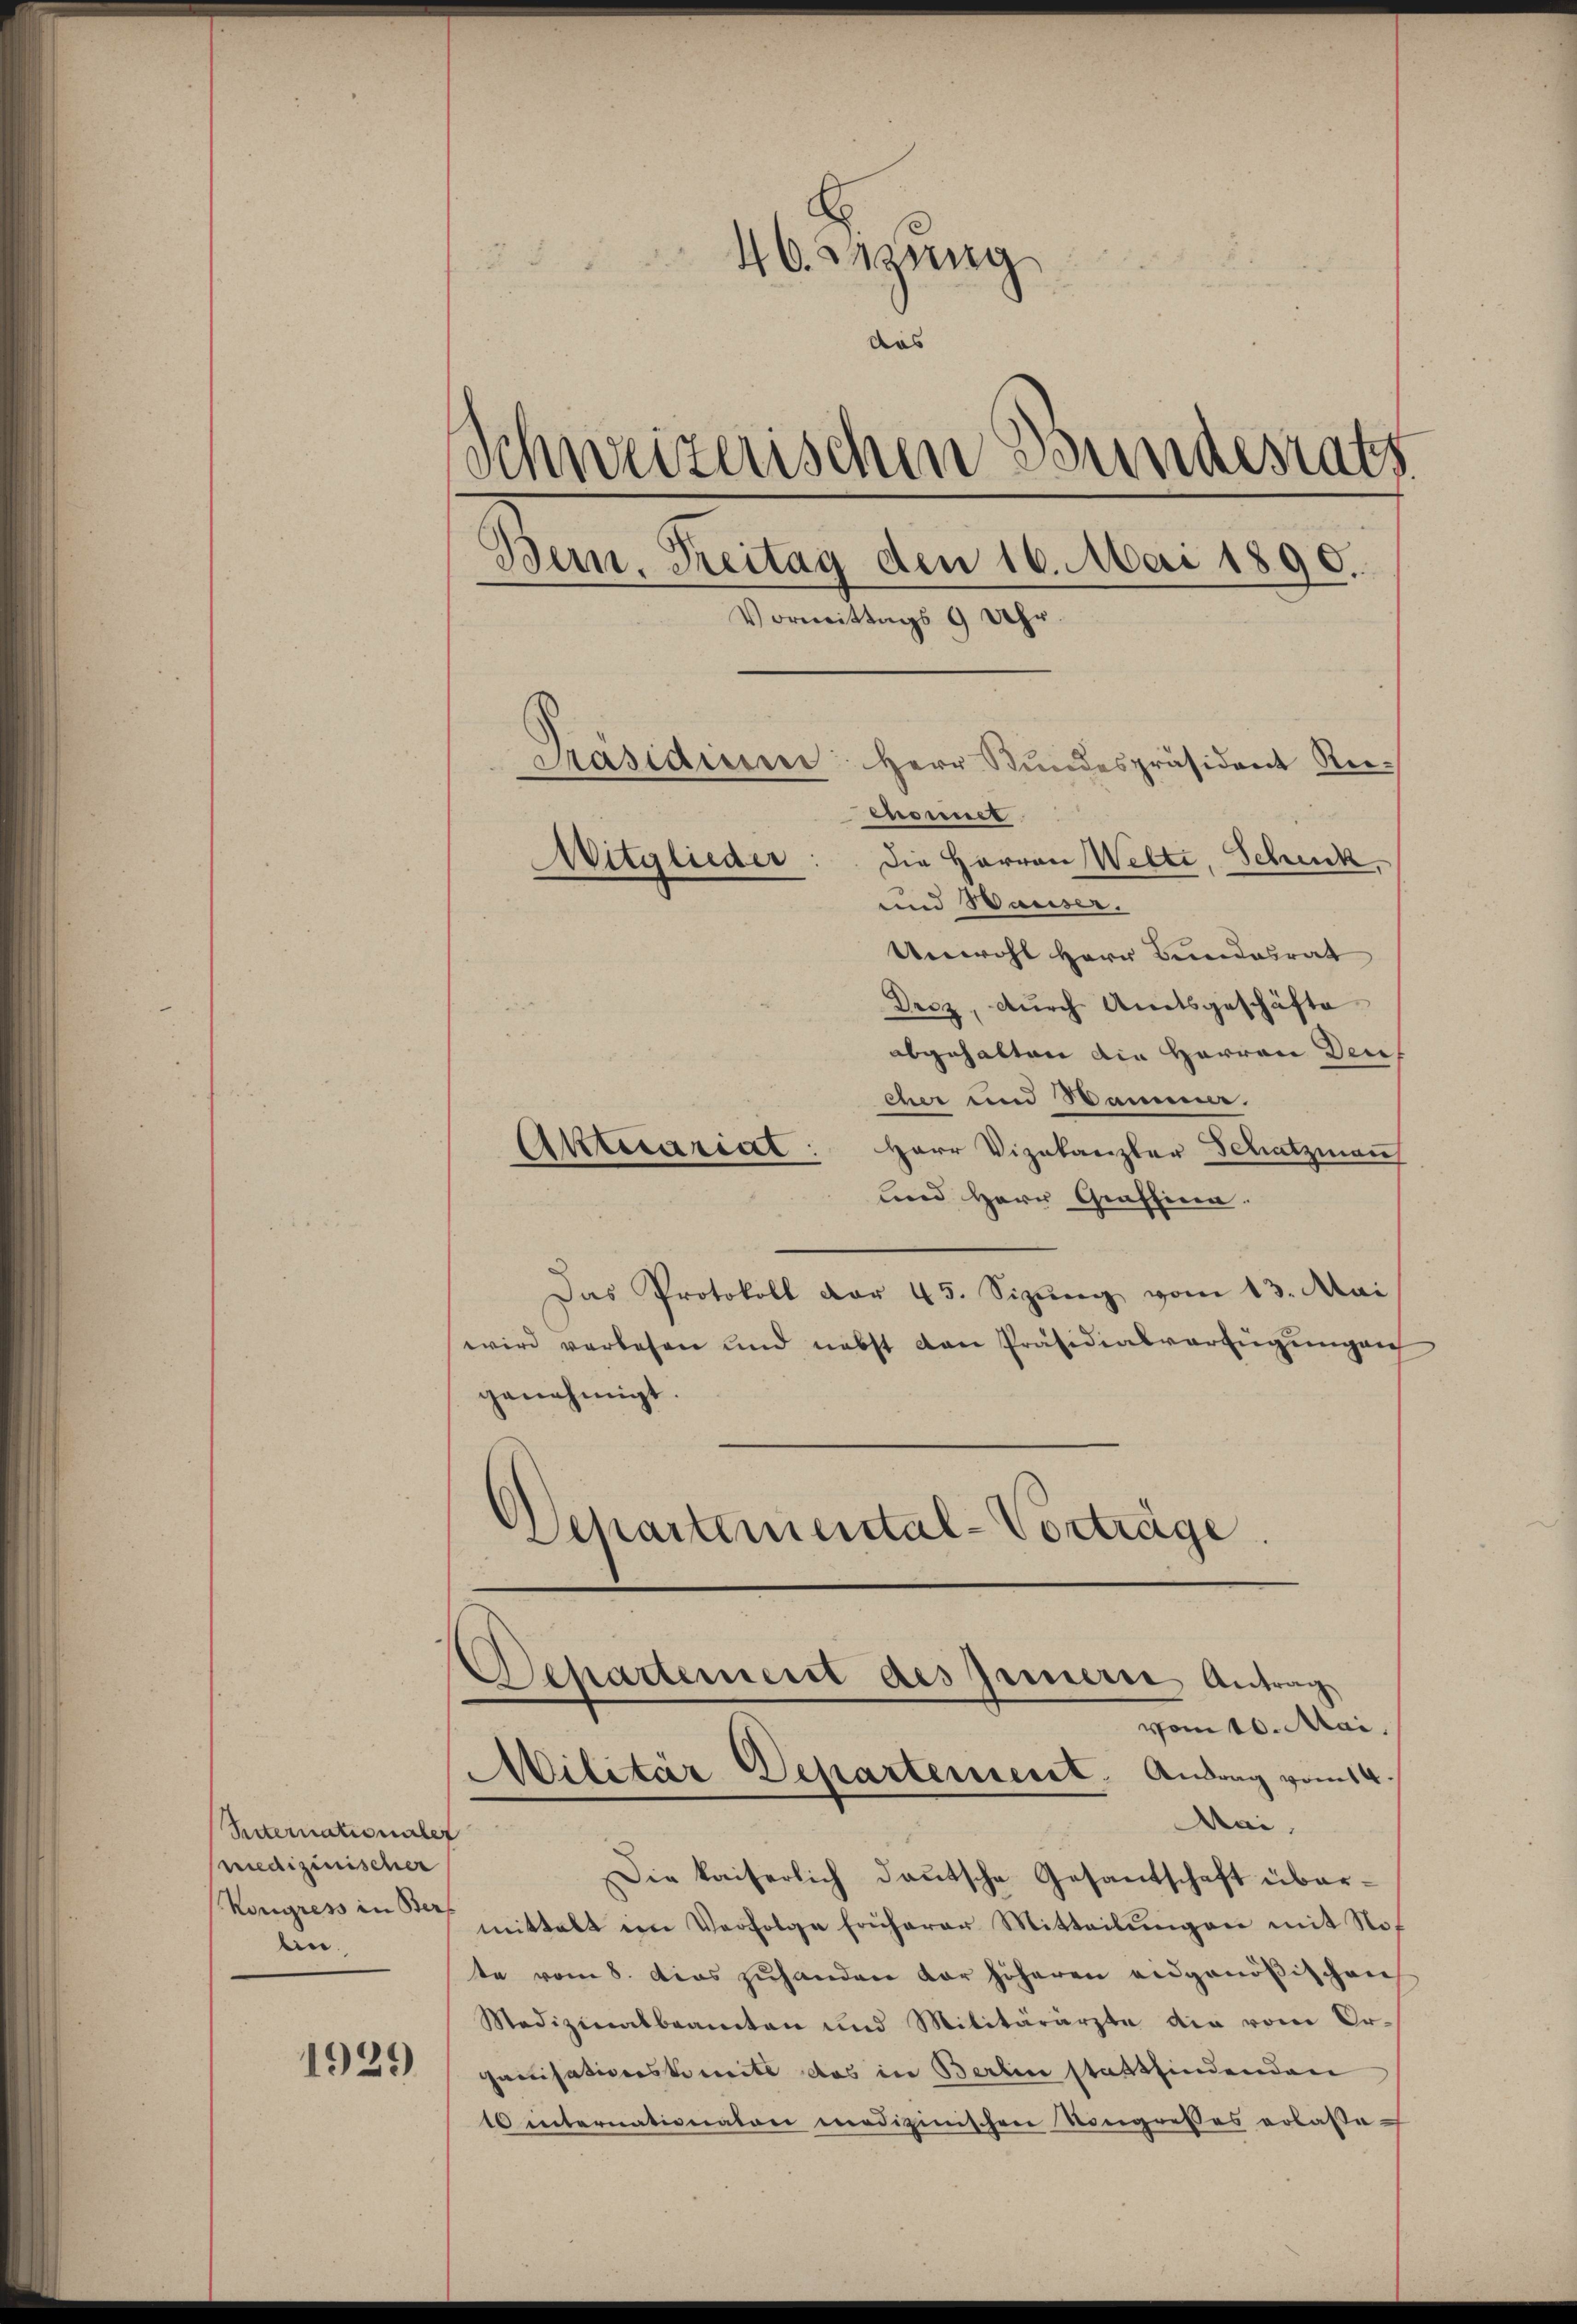
Reternationaler
medizinischer
bin.

1929

46 etzung
das
Schweizerischen Bundesrats
Bern, Treitag den 16. Mai 1890.
Vormittags 9 Uhr.
Präsidium Herr Bundespräsident Reenonet
Mitglieder
Die Herren Welte, Schuck.
und Hauser.

Unwohl Herr Bundesrat
Drcz, durch Amtsgeschäfte
abgehalten die Herren Deuf
cher und Samme.
Aktuariat
Herr Vizekanzler Schatzman
und Herr Graffina.
Das Protokoll dar 45. Sizŭng vom 13. Mai
wird verlesen und nebst den Präsidialverfügungen
genehmigt.
Departemental-Vorträge.

Departement des Innern Antrag
vom 10. Mai.
Militär-Departement. Antrag vom 14.

Mai.
Die kaiserlich deutsche Gesantschaft über¬
Kongress in der mittelt im Verfolge früherer Mitteilŭngen mit Nof
te vom 8. dies zuhanden vor höheren eidgenößischen
Medizinalbeamten und Militärärzte die vom Organisationskomite das in Berlin stattfindenden
10 internationaten medizinischen Kongresses erlasse